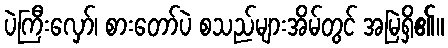
ပဲကြီးလှော်၊ စားတော်ပဲ စသည်များအိမ်တွင် အမြဲရှိ၏။